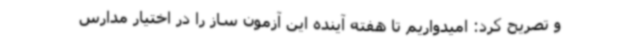
و تصریح کرد: امیدواریم تا هفته آینده این آزمون ساز را در اختیار مدارس